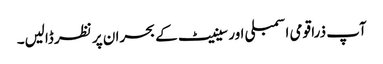
آپ ذرا قومی اسمبلی اور سینیٹ کے بحران پر نظر ڈالیں۔